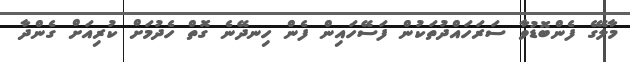
މާލޭގެ ފެންބޮޑުވާ ސަރަހައްދުތަކުން ފަސޭހައިން ފެން ހިނދޭނެ ގޮތް ހެދުމަށް ކުރިއަށް ގެންދާ